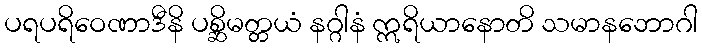
ပရပရိဝေဏာဒီနိ ပစ္ဆိမတ္တယံ နဂ္ဂါနံ ဣရိယာနောတိ သမာနဘောဂါ